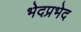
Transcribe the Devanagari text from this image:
भेदप्रभेद